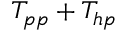
T _ { p p } + T _ { h p }